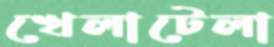
খেলাটেলা